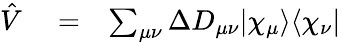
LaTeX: \begin{array}{rlr}{\hat{V}}&{{}=}&{\sum_{\mu\nu}\Delta D_{\mu\nu}|\chi_{\mu}\rangle\langle\chi_{\nu}|}\end{array}